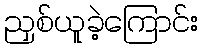
ညှစ်ယူခဲ့ကြောင်း